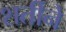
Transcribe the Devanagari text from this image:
शर्तीने